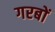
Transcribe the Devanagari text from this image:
गरबों